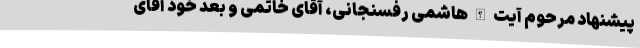
پیشنهاد مرحوم آیت الله هاشمی رفسنجانی، آقای خاتمی و بعد خود آقای